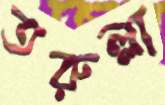
তরুল্লা